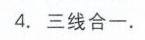
4. 三线合一.